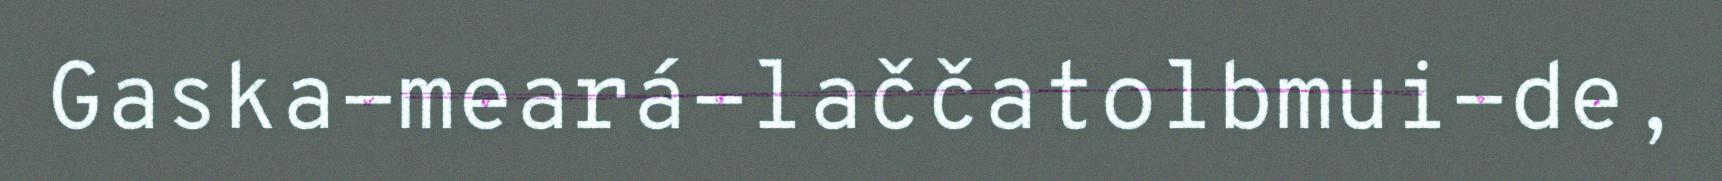
Gaska-meará-laččatolbmui-de,